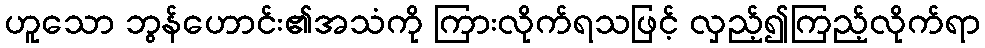
ဟူသော ဘွန်ဟောင်း၏အသံကို ကြားလိုက်ရသဖြင့် လှည့်၍ကြည့်လိုက်ရာ